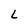
Character: L